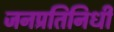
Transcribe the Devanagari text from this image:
जनप्रतिनिधी